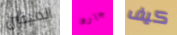
الميتين جارو كيف